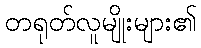
တရုတ်လူမျိုးများ၏